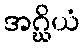
အဂ္ဃိယံ